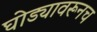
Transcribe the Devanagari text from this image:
घोड्यावरूनच